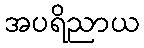
အပရိညာယ